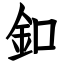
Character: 釦